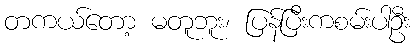
တကယ်တော့ မတူဘူး၊ ပြန်ပြီးကစမ်းပါဦး